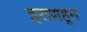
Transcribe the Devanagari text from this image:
इराणहून